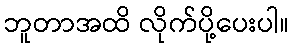
ဘူတာအထိ လိုက်ပို့ပေးပါ။